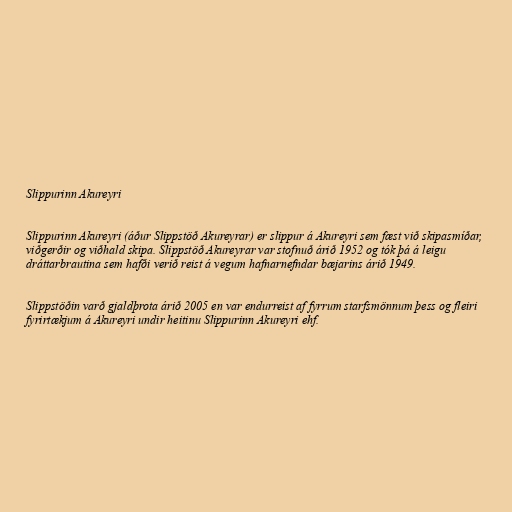
Slippurinn Akureyri

Slippurinn Akureyri (áður Slippstöð Akureyrar) er slippur á Akureyri sem fæst við skipasmíðar,
viðgerðir og viðhald skipa. Slippstöð Akureyrar var stofnuð árið 1952 og tók þá á leigu
dráttarbrautina sem hafði verið reist á vegum hafnarnefndar bæjarins árið 1949.

Slippstöðin varð gjaldþrota árið 2005 en var endurreist af fyrrum starfsmönnum þess og fleiri
fyrirtækjum á Akureyri undir heitinu Slippurinn Akureyri ehf.